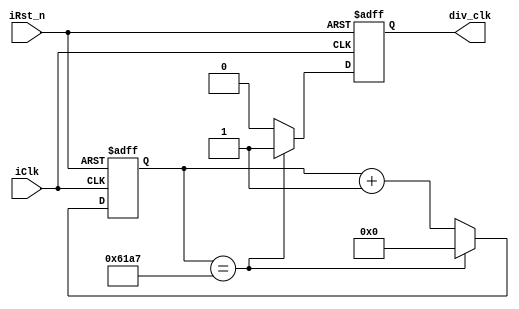
/*
	output pulse at DIV * clk_period secs
	ex:
	for a 2MHz clock frequency => 250MHz * 500ns = 125msec
*/

module ClkDiv #
(
	parameter DIV = 24999 // base on 2MHz clk, this value would deliver a 125msec periodic signal
)
(
	input iClk,	//2MHz
	input iRst_n,	// active low
	output reg div_clk
);

localparam CNT_SIZE = clog2(DIV);
//---------------------------------------------------------------------------
function integer clog2;
	input integer value;
	begin
		value = value -1;
		for(clog2 = 0; value > 0; clog2 = clog2 + 1)
			value = value >> 1;
	end
endfunction

reg [CNT_SIZE - 1 : 0] rCnt;	//count for the divider
always @ (posedge iClk, negedge iRst_n)
begin
	if(!iRst_n) begin
		div_clk <= 1'b0;
		rCnt <= 0;
	end // end if
	else begin
		if(rCnt == DIV) begin
			div_clk <= 1'b1;
			rCnt <= 0;
		end // end if
		else begin
			div_clk <= 1'b0;
			rCnt <= rCnt + 1'b1;
		end // end else 
	end // end else
end // end always

endmodule